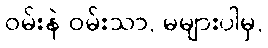
ဝမ်းနဲ ဝမ်းသာ, မများပါမှ,